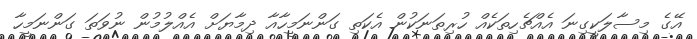
އޭގެ މިސާލަކީގިނަ އެއްޗެހިތަކެއް ހުރިތަނަކުން އެކަތި ގަންނަމީހާއާ ދިމާޔަށް އެއްލުމުން ނުވަތަ ގަންނަމީހާ